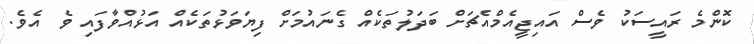
ކޮންމެ ރައީސަކު ވެސް އައިޖީއެމްއެޗަށް ބަދަލުތަކެއް ގެނައުމަށް ފިޔަވަޅުތަކެއް އަޅުއްވާފައި ވެ އެވެ.